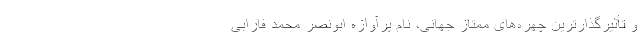
و تأثیرگذارترین چهره‌های ممتاز جهانی، نام پرآوازه ابونصر محمد فارابی